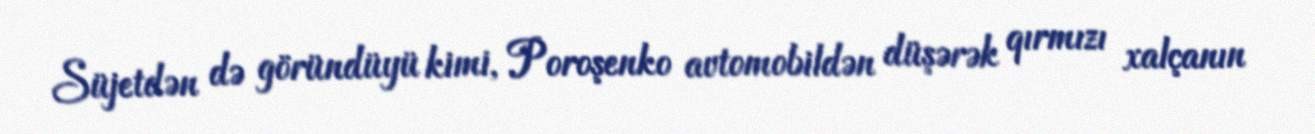
Süjetdən də göründüyü kimi, Poroşenko avtomobildən düşərək qırmızı xalçanın